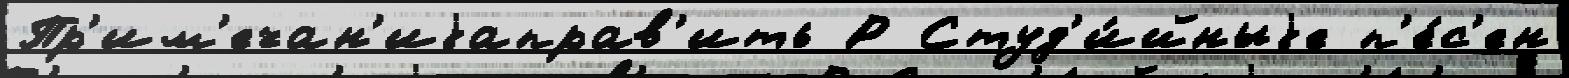
Пр'им'ечан'иjаправ'ить Р Студ'и́йныjе п'е́с'ен